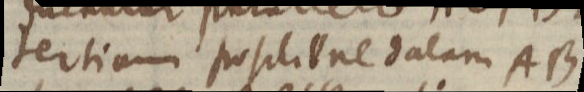
tertiam positione datum AB